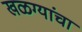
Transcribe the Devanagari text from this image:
खळग्यांचा